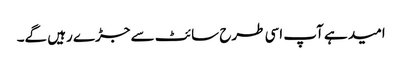
امید ہے آپ اسی طرح سائٹ سے جڑے رہیں گے۔